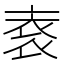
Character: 𲀭